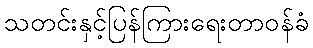
သတင်းနှင့်ပြန်ကြားရေးတာဝန်ခံ